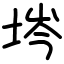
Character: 埁